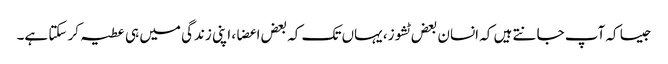
جیسا کہ آپ جانتے ہیں کہ انسان بعض ٹشوز، یہاں تک کہ بعض اعضا، اپنی زندگی میں ہی عطیہ کر سکتا ہے۔